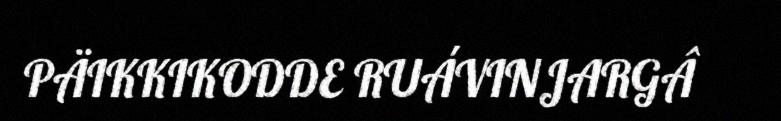
PÄIKKIKODDE RUÁVINJARGÂ